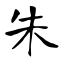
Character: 朱